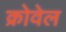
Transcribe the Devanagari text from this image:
क्रोवेल